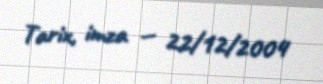
Tarix, imza — 22/12/2004